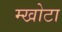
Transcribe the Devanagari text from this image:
म्खोटा